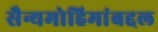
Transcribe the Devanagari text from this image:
सैन्यमोहिमांबद्दल